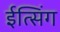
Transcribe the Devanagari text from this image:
ईत्सिंग